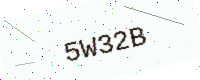
Text: 5W32B